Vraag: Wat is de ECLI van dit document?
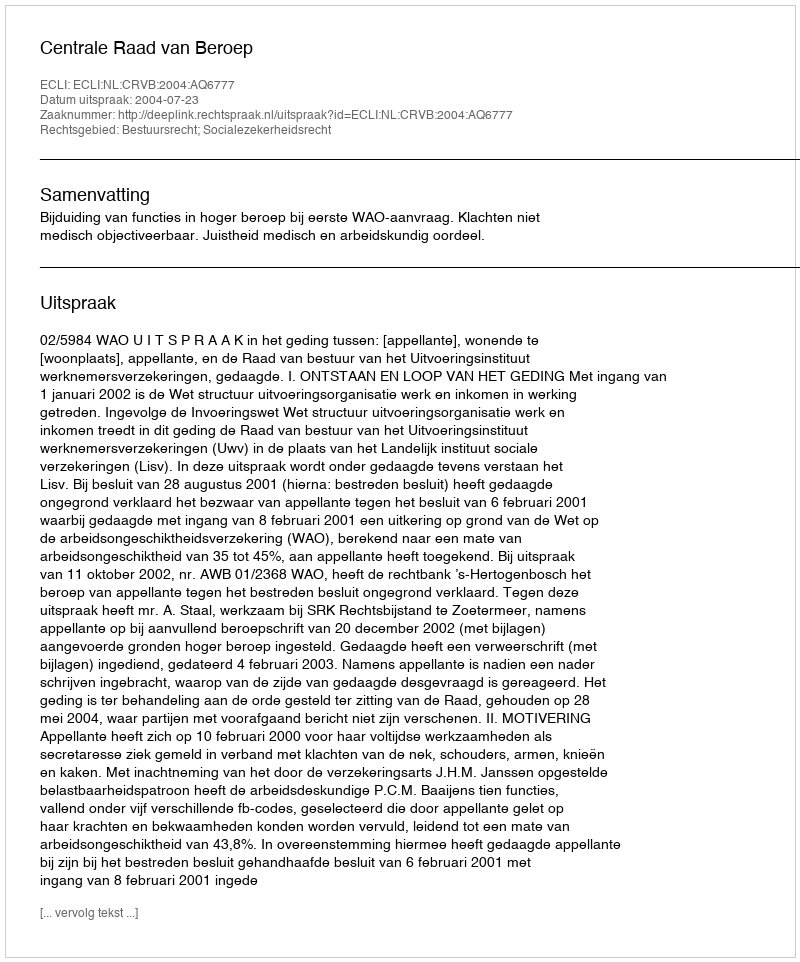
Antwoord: ECLI:NL:CRVB:2004:AQ6777